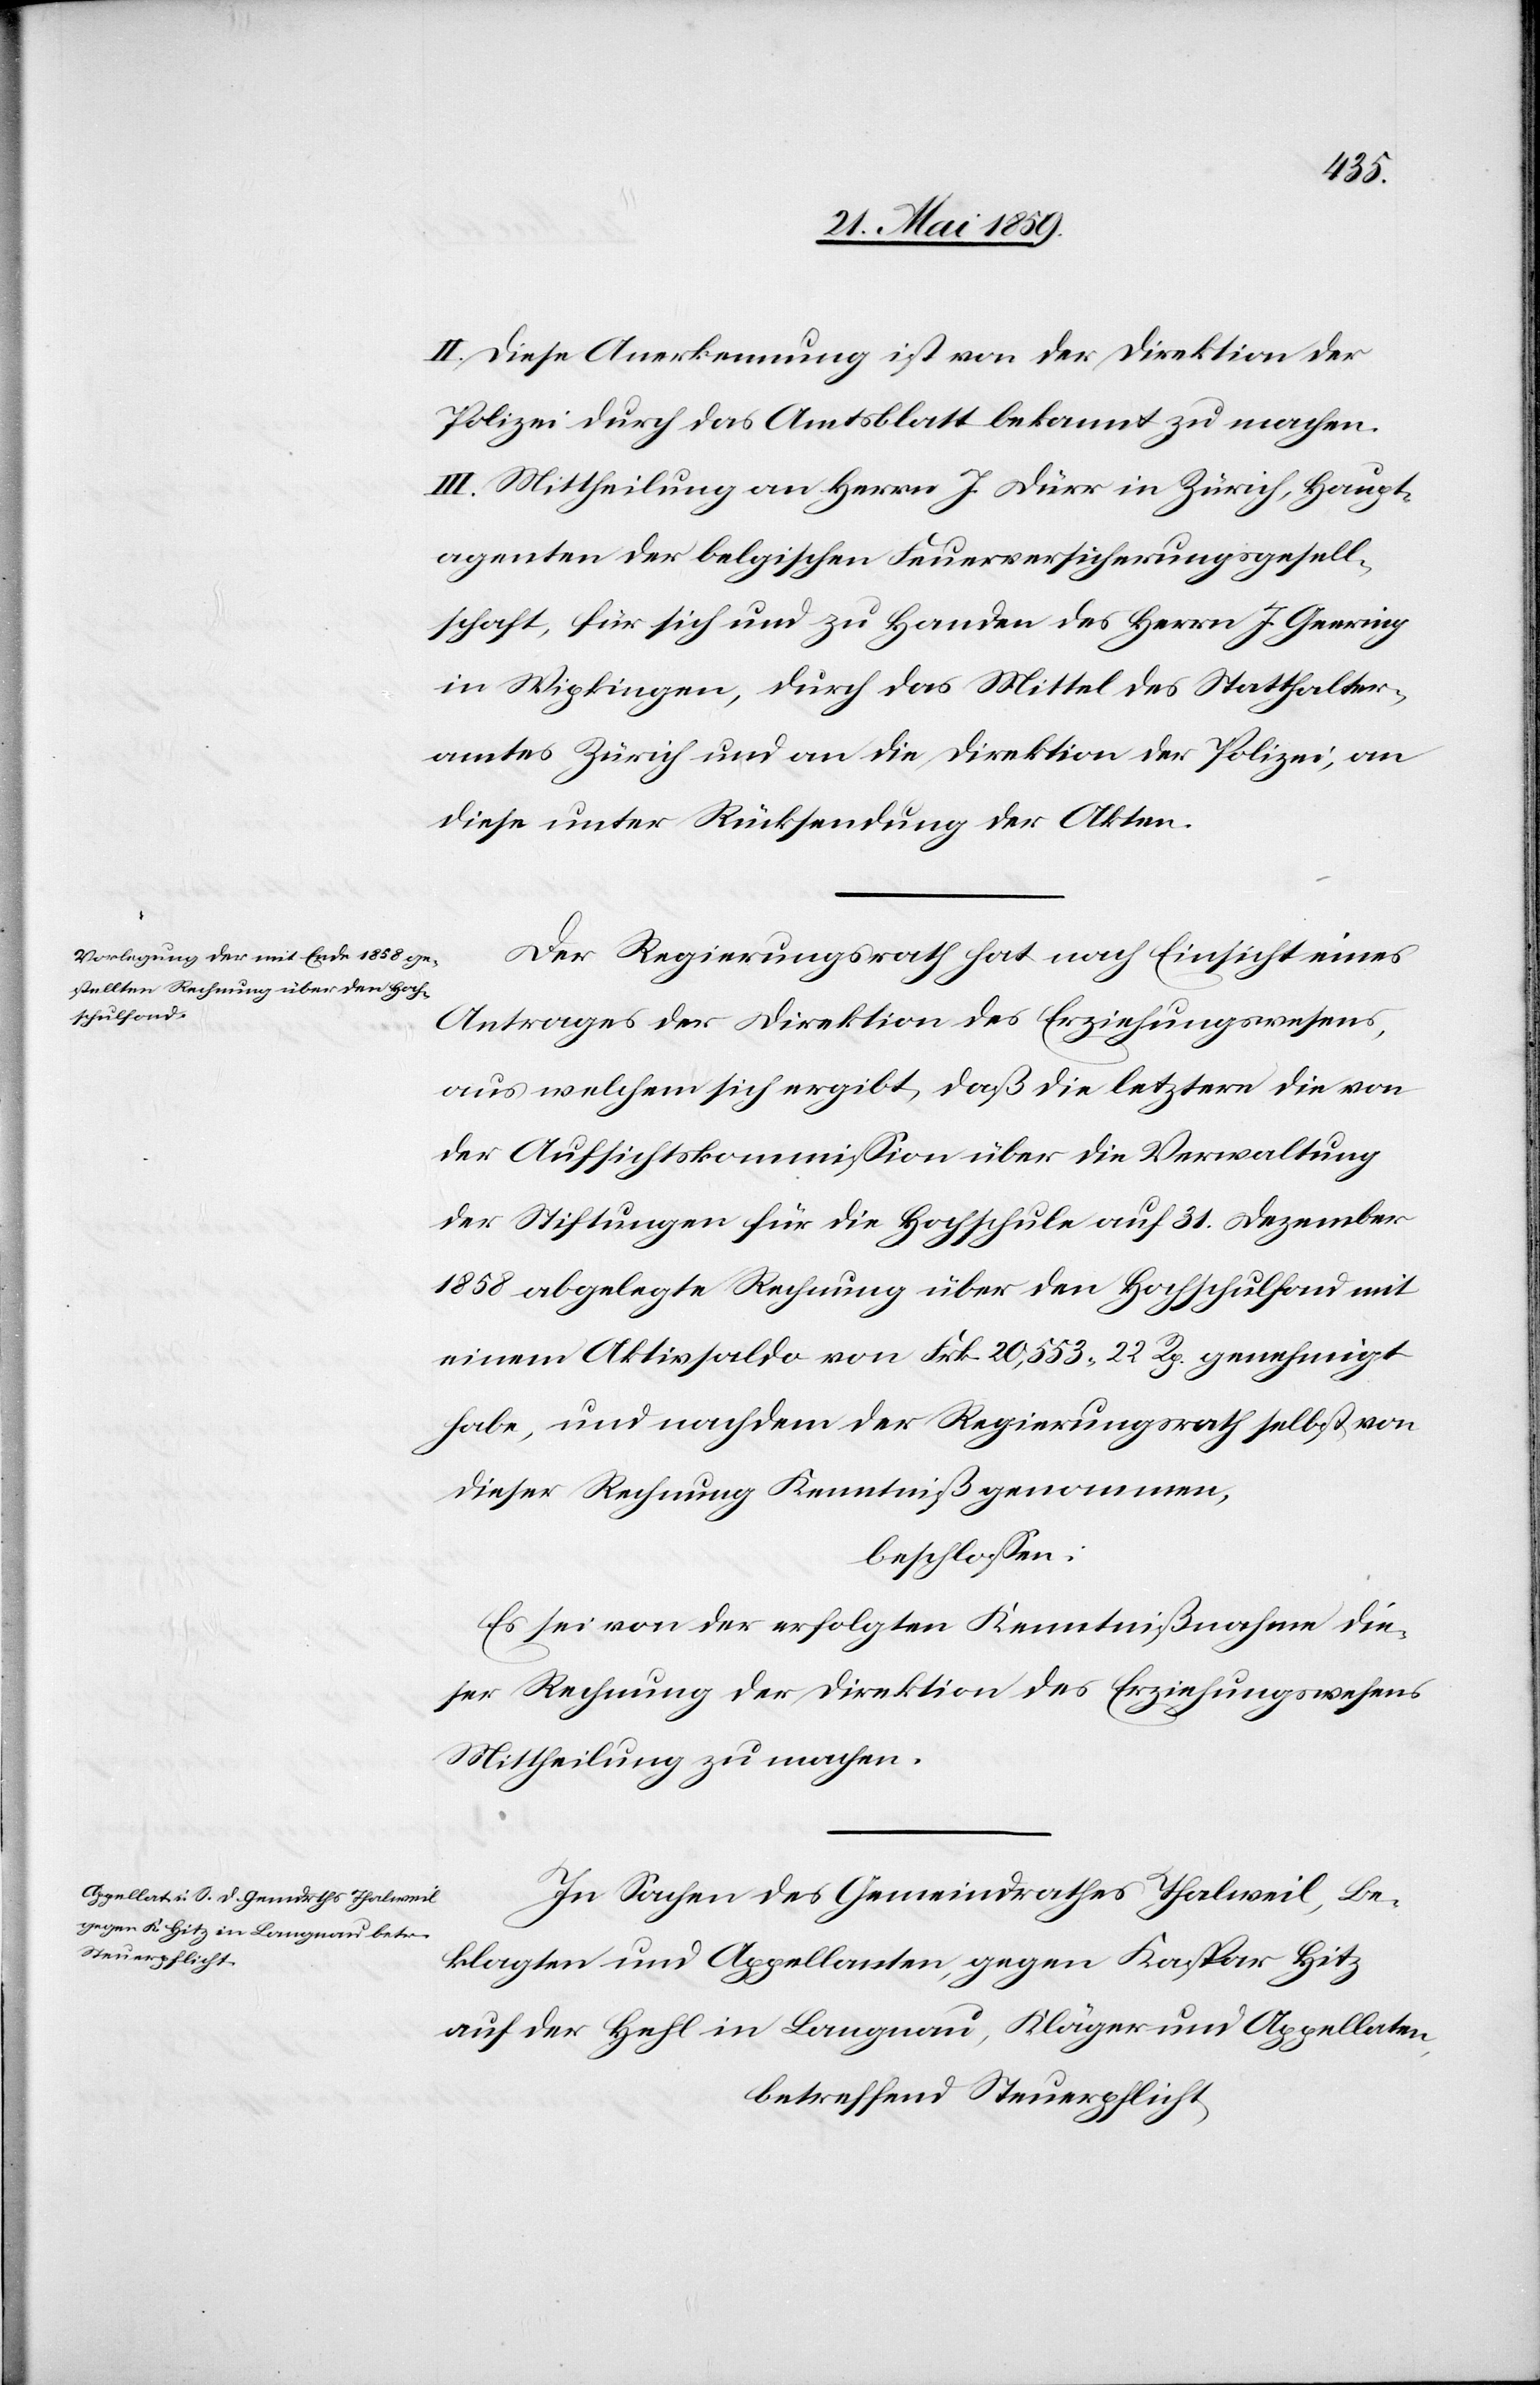
II. Diese Anerkennung ist von der Direktion der
Polizei durch das Amtsblatt bekannt zu machen.
III. Mittheilung an Herrn J. Dürr in Zürich, Haupt¬
agenten der belgischen Feuerversicherungsgesell¬
schaft, für sich und zu Handen des Herrn J. Geering
in Wipkingen, durch das Mittel des Statthalter¬
amtes Zürich und an die Direktion der Polizei, an
diese unter Rücksendung der Akten.
Der Regierungsrath hat nach Einsicht eines
Antrages der Direktion des Erziehungswesens,
aus welchem sich ergibt, daß die letztern die von
der Aufsichtskomission über die Verwaltung
der Stiftungen für die Hochschule auf 31. Dezember
1858 abgelegte Rechnung über den Hochschulfond mit
einem Aktivsaldo von Frk. 20,553.22 Rp. genehmigt
habe, und nachdem der Regierungsrath selbst von
dieser Rechnung Kenntniß genommen,
beschlossen:
Es sei von der erfolgten Kenntnißnahme dieser
für Rechnung der Direktion des Erziehungswesens
Mittheilung zu machen.
In Sachen des Gemeindrathes Thalweil, Be¬
klagten und Appellanten, gegen Kaspar Hitz
auf der Hehl in Langnau, Kläger und Appellaten
betreffend Steuerpflicht